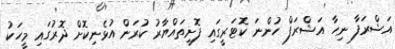
އަޝްރަފާ ނިހާ އަޝްރަފް ހުންނަ ކޮޓަރީގައި ފޮށިތައްޔާރު ކުރަން އުޅެނިކޮށް ދޮރުގައި މީހަކު